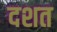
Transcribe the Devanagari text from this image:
दशत